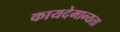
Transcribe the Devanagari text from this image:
कायदेमान्यता